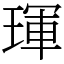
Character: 琿